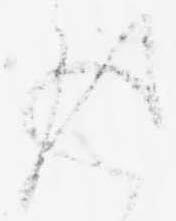
返